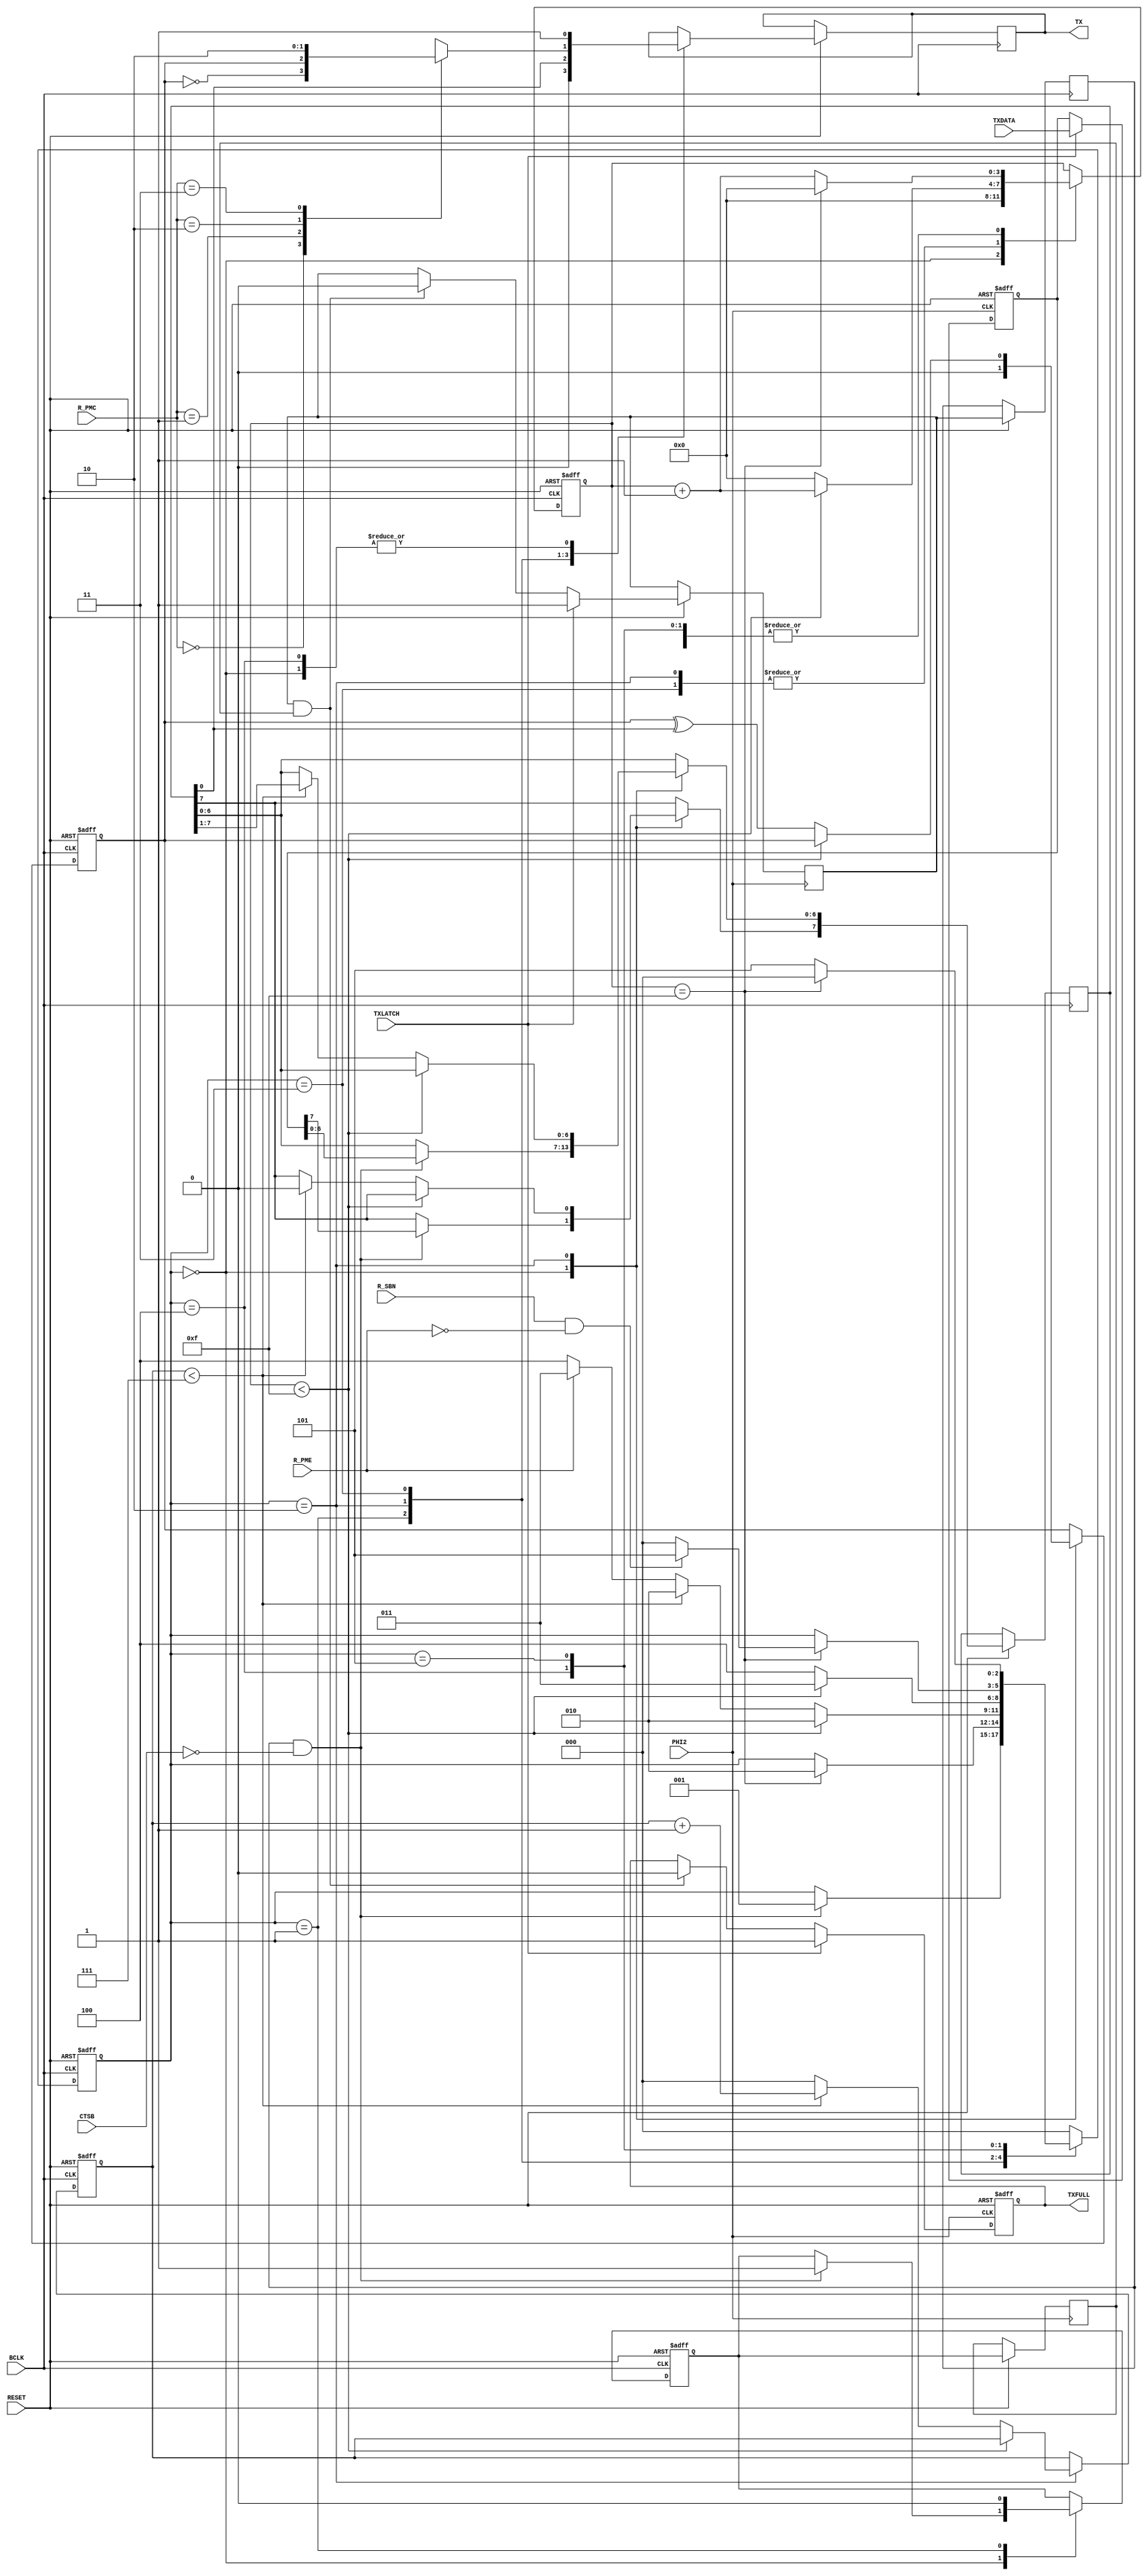
// File ACIA_TX.vhd translated with vhd2vl v3.0 VHDL to Verilog RTL translator
// vhd2vl settings:
//  * Verilog Module Declaration Style: 2001

// vhd2vl is Free (libre) Software:
//   Copyright (C) 2001 Vincenzo Liguori - Ocean Logic Pty Ltd
//     http://www.ocean-logic.com
//   Modifications Copyright (C) 2006 Mark Gonzales - PMC Sierra Inc
//   Modifications (C) 2010 Shankar Giri
//   Modifications Copyright (C) 2002-2017 Larry Doolittle
//     http://doolittle.icarus.com/~larry/vhd2vl/
//   Modifications (C) 2017 Rodrigo A. Melo
//
//   vhd2vl comes with ABSOLUTELY NO WARRANTY.  Always check the resulting
//   Verilog for correctness, ideally with a formal verification tool.
//
//   You are welcome to redistribute vhd2vl under certain conditions.
//   See the license (GPLv2) file included with the source for details.

// The result of translation follows.  Its copyright status should be
// considered unchanged from the original VHDL.

// no timescale needed

module ACIA_TX(
input wire RESET,
input wire PHI2,
input wire BCLK,
input wire CTSB,
output reg TX,
input wire [7:0] TXDATA,
input wire R_PME,
input wire [1:0] R_PMC,
input wire R_SBN,
input wire TXLATCH,
output reg TXFULL
);




parameter [2:0]
  state_Idle = 0,
  state_Start = 1,
  state_Data = 2,
  state_Parity = 3,
  state_Stop = 4,
  state_Stop2 = 5;

reg [2:0] r_tx_fsm = state_Idle;
reg [3:0] r_clk = 0;
reg [2:0] r_bitcnt = 0;
reg [7:0] r_tx_shiftreg = 8'b00000000;
reg r_tx_parity;
reg [7:0] r_txdata = 8'b00000000;
reg r_txready = 1'b0;
reg r_txtaken = 1'b0;
reg r_txready_s = 1'b0;
reg r_txtaken_s = 1'b0;

  always @(posedge PHI2, negedge RESET) begin
  
    if(RESET == 1'b0) begin
      r_txdata <= {8{1'b0}};
      TXFULL <= 1'b0;
    end else begin
        r_txtaken_s <= r_txtaken;
      if(TXLATCH == 1'b1) begin
        r_txdata <= TXDATA;
        r_txready <= 1'b1;
        TXFULL <= 1'b1;
      end
      else begin
        if((r_txready == 1'b1 && r_txtaken_s == 1'b1)) begin
          r_txready <= 1'b0;
          TXFULL <= 1'b0;
        end
      end
    end
  end

  always @(posedge BCLK, negedge RESET) begin
    if(RESET == 1'b0) begin
      r_clk <= 0;
      r_bitcnt <= 0;
      r_tx_fsm <= state_Idle;
      r_txtaken <= 1'b0;
      r_tx_parity <= 1'b0;
    end else begin
      r_txready_s <= r_txready;
      case(r_tx_fsm)
      state_Idle : begin
        TX <= 1'b1;
        r_clk <= 0;
        r_tx_parity <= 1'b0;
        if(r_txready_s == 1'b1 && CTSB == 1'b0) begin
          r_tx_shiftreg <= r_txdata;
          r_tx_fsm <= state_Start;
          r_txtaken <= 1'b1;
        end
      end
      state_Start : begin
        TX <= 1'b0;
        r_txtaken <= 1'b0;
        if(r_clk == 15) begin
          r_tx_fsm <= state_Data;
          r_clk <= 0;
        end
        else begin
          r_clk <= r_clk + 1'b1;
        end
      end
      state_Data : begin
        TX <= r_tx_shiftreg[0];
        if(r_clk < 15) begin
          r_clk <= r_clk + 1'b1;
          r_tx_fsm <= state_Data;
        end
        else begin
          r_tx_parity <= r_tx_parity ^ r_tx_shiftreg[0];
          r_clk <= 0;
          if(r_bitcnt < 7) begin
            r_tx_shiftreg[6:0] <= r_tx_shiftreg[7:1];
            r_tx_shiftreg[7] <= 1'b0;
            r_bitcnt <= r_bitcnt + 1'b1;
            r_tx_fsm <= state_Data;
          end
          else begin
            r_bitcnt <= 0;
            if(R_PME == 1'b1) begin
              r_tx_fsm <= state_Parity;
            end
            else begin
              r_tx_fsm <= state_Stop;
            end
          end
        end
      end
      state_Parity : begin
        case(R_PMC)
        2'b00 : begin
          // Odd Parity
          TX <=  ~r_tx_parity;
        end
        2'b01 : begin
          // Even Parity
          TX <= r_tx_parity;
        end
        2'b10 : begin
          // Mark Parity
          TX <= 1'b1;
        end
        2'b11 : begin
          // Space Parity
          TX <= 1'b0;
        end
        default : begin
          TX <= r_tx_parity;
        end
        endcase
        if(r_clk < 15) begin
          r_tx_fsm <= state_Parity;
          r_clk <= r_clk + 1'b1;
        end
        else begin
          r_clk <= 0;
          r_tx_fsm <= state_Stop;
        end
      end
      state_Stop : begin
        TX <= 1'b1;
        if(r_clk == 15) begin
          r_clk <= 0;
          if((R_SBN == 1'b1) && (R_PME == 1'b0)) begin
            r_tx_fsm <= state_Stop2;
          end
          else begin
            r_tx_fsm <= state_Idle;
          end
        end
        else begin
          r_clk <= r_clk + 1'b1;
        end
      end
      state_Stop2 : begin
        if(r_clk == 15) begin
          r_clk <= 0;
          r_tx_fsm <= state_Idle;
        end
        else begin
          r_clk <= r_clk + 1'b1;
          r_tx_fsm <= state_Stop2;
        end
      end
      default : begin
        r_tx_fsm <= state_Idle;
      end
      endcase
    end
  end


endmodule